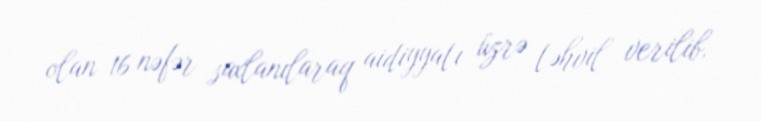
olan 16 nəfər saxlanılaraq aidiyyatı üzrə təhvil verilib.